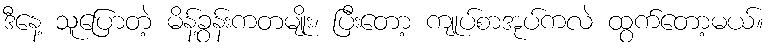
ဒီနေ့ သူပြောတဲ့ မိန့်ခွန်းကတမျိုး၊ ပြီးတော့ ကျုပ်စာအုပ်ကလဲ ထွက်တော့မယ်။